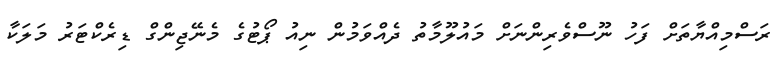
ރަސްމިއްޔާތަށް ފަހު ނޫސްވެރިންނަށް މައުލޫމާތު ދެއްވަމުން ނިއު ޕޯޓުގެ މެނޭޖިންގް ޑިރެކްޓަރު މަލަކާ